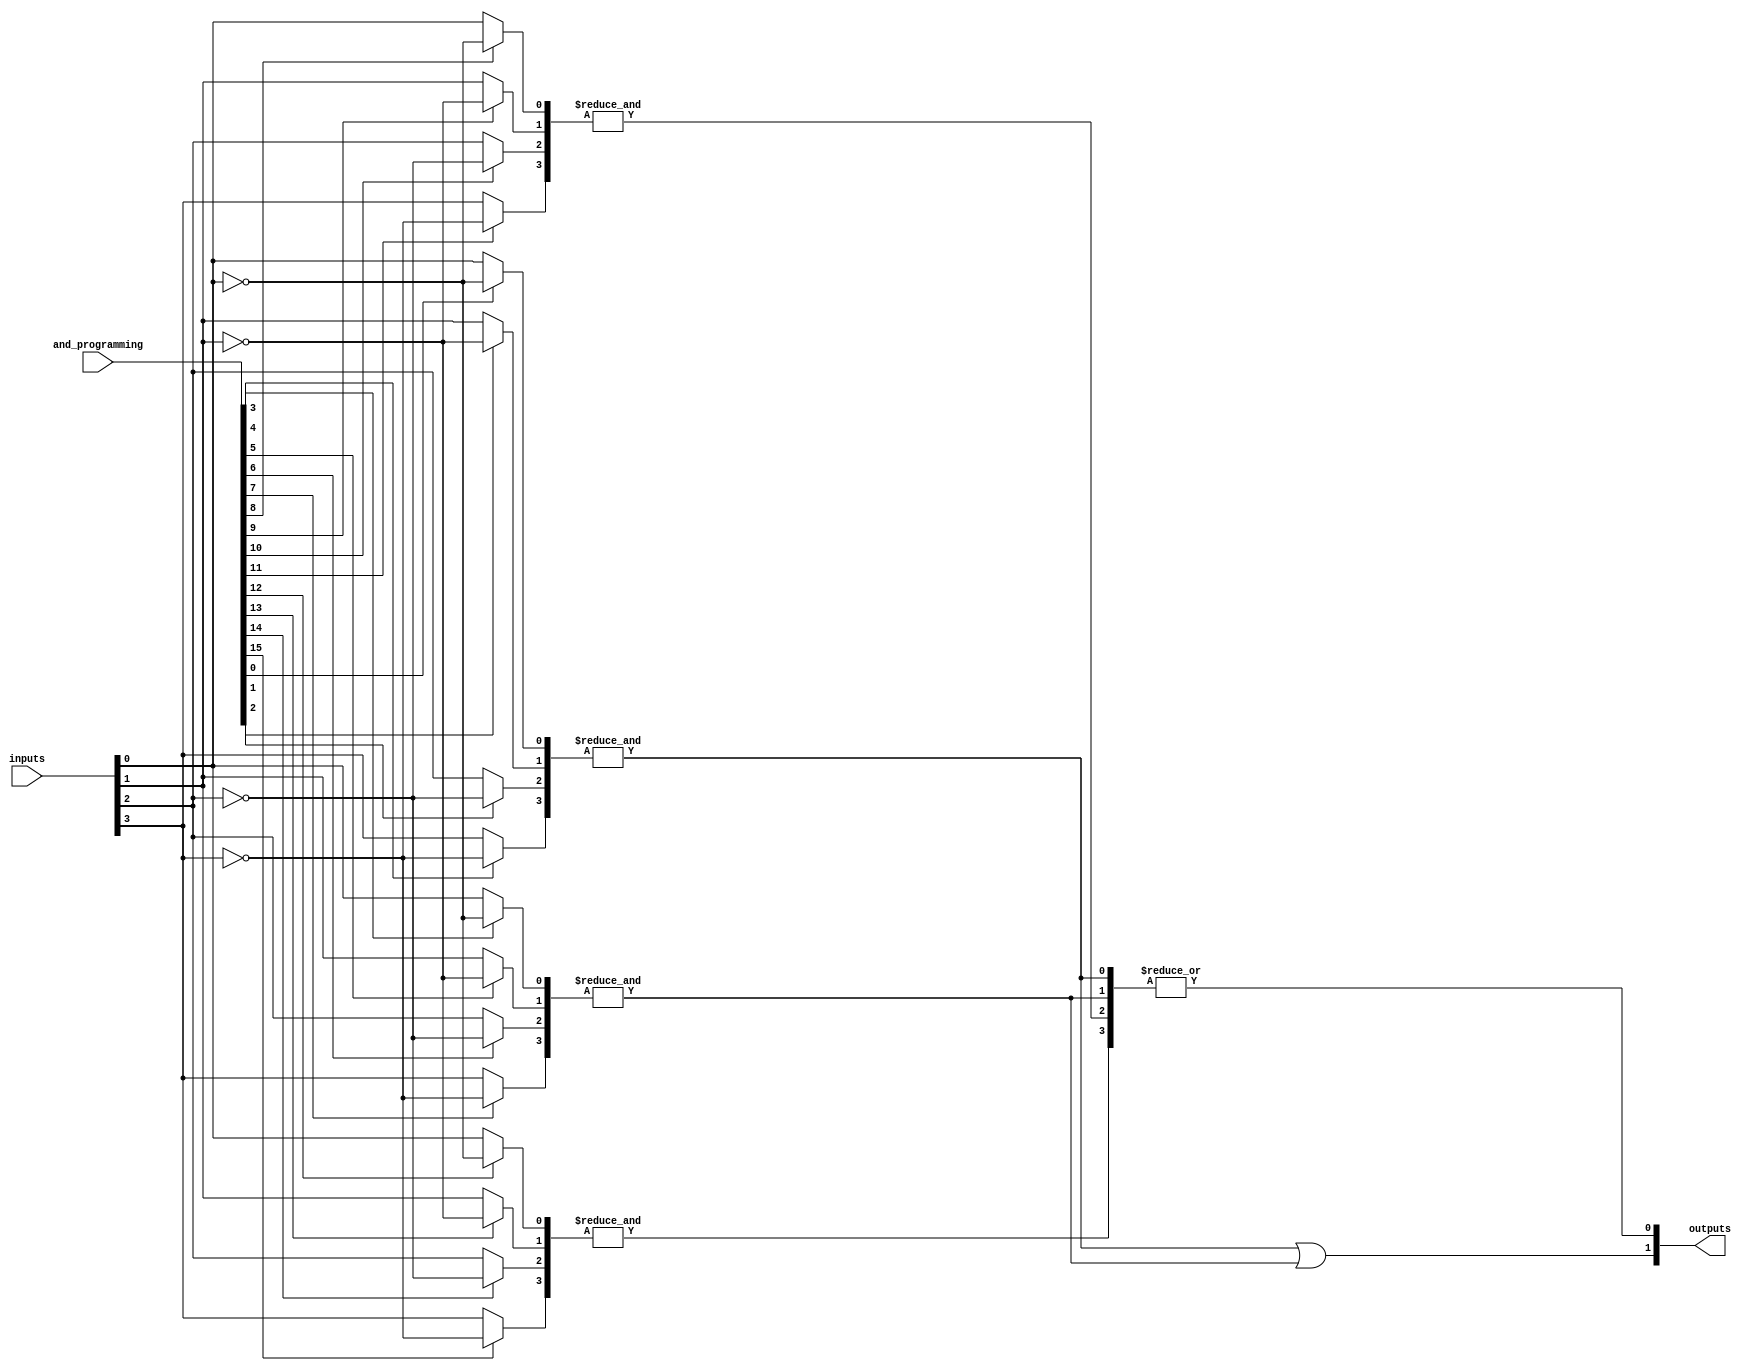
module GPAL #(
    parameter N = 4, // Number of inputs
    parameter M = 2, // Number of outputs
    parameter K = 4  // Number of AND gates
)(
    input  [N-1:0] inputs,           // Input lines
    input  [K*N-1:0] and_programming, // Programming for AND gates (N bits for each AND gate)
    output [M-1:0] outputs           // Output lines
);

// Intermediate wires to hold outputs of AND gates
wire [K-1:0] and_outputs;

// Generate AND gates based on programming
genvar i, j;
generate
    for (i = 0; i < K; i = i + 1) begin : and_gate
        wire [N-1:0] and_inputs;
        // Select inputs based on programming
        for (j = 0; j < N; j = j + 1) begin : input_selection
            assign and_inputs[j] = and_programming[i*N + j] ? ~inputs[j] : inputs[j];
        end
        // AND gate implementation
        assign and_outputs[i] = &and_inputs; // AND operation
    end
endgenerate

// Fixed OR array (for simplicity, ORing all AND outputs)
assign outputs[0] = |and_outputs; // First output - OR of all AND gates
assign outputs[1] = and_outputs[0] | and_outputs[1]; // Second output - OR of first two AND gates (example)

// Note: You can customize the OR logic as per application requirements

endmodule